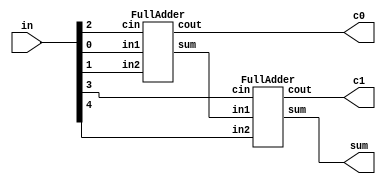
module carrysave_4is2 (
input [4:0] in,
output c0,
output c1,
output sum
);
wire connection;
FullAdder FA0 (in[0],in[1],in[2],connection,c0);
FullAdder FA1 (connection,in[4],in[3],sum,c1);
endmodule

module FullAdder(
input in1,
input in2,
input cin,
output sum,
output cout
);
assign sum = (in1 ^ in2) ^ cin;
assign cout = (in1 & in2) | (cin & (in1 ^ in2));
endmodule